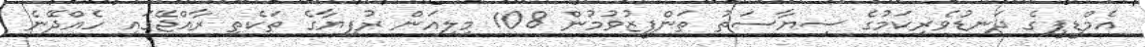
އެމްޑީޕީގެ ދަނޑުވެރިކަމުގެ ސިޔާސަތު ތަންފީޒުވުމުން 108 މިލިއަން ރުފިޔާގެ ތަކެތި ރާއްޖޭގައި ހެއްދޭނެ